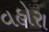
વહોરા